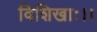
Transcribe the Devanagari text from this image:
विशिखाः।।